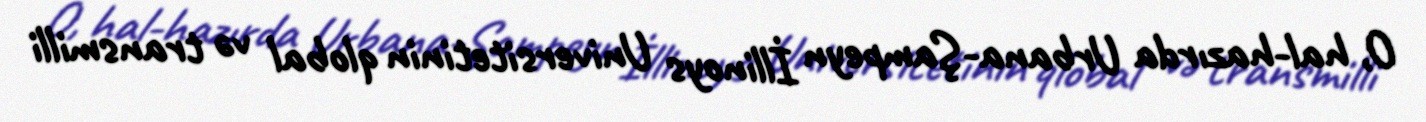
O, hal-hazırda Urbana-Şampeyn İllinoys Universitetinin qlobal və transmilli